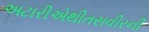
અટારીએથીતસવીરની